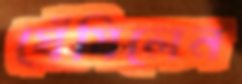
ঘেঁষিলেন